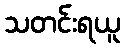
သတင်းရယူ